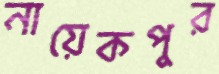
নায়েকপুর